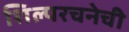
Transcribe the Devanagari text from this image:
शिल्परचनेची